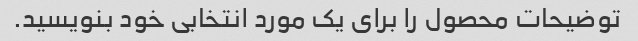
توضیحات محصول را برای یک مورد انتخابی خود بنویسید.